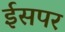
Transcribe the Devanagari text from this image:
ईसपर